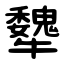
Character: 犩